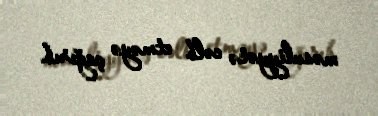
məsuliyyətə cəlb etməyə çağırıb.